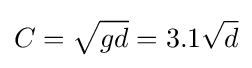
C={\sqrt {gd}}=3.1{\sqrt {d}}